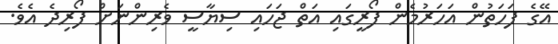
އޭގެ ފަހަތުން އަހަރުމެން ފޯރީގައި އަތް ޖަހައި ސިޔާސީ ވެރިންނަށް ފޯރިދެ އެވެ.